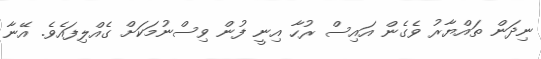
ނިދަން ތައްޔާރު ވެގެން އައިސް ރުހާ އިނީ ފުން ވިސްނުމަކަށް ގެއްލިފައެވެ. އޭނާ